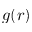
g ( r )